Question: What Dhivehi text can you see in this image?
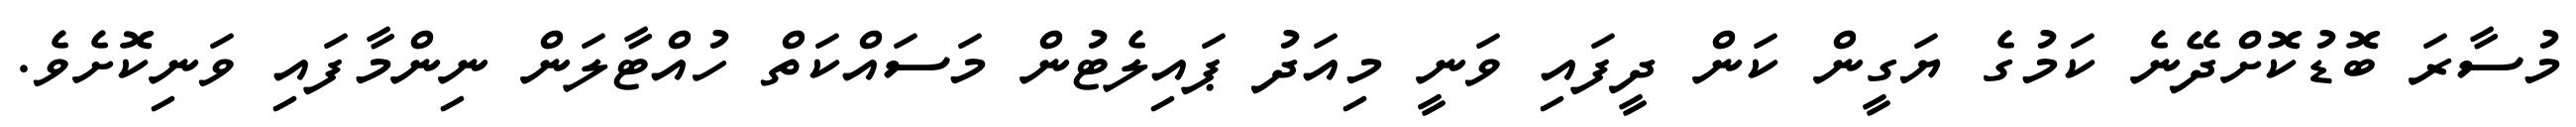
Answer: މުސާރަ ބޮޑުކޮށްދޭނެ ކަމުގެ ޔަގީން ކަން ދީފައި ވަނީ މިއަދު ޕައިލެޓުން މަސައްކަތް ހުއްޓާލަން ނިންމާފައި ވަނިކޮށެވެ.